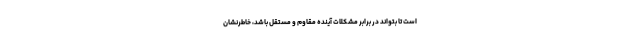
است تا بتواند در برابر مشکلات آینده مقاوم و مستقل باشد، خاطرنشان